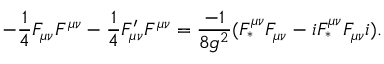
- \frac { 1 } { 4 } F _ { \mu \nu } F ^ { \mu \nu } - \frac { 1 } { 4 } F _ { \mu \nu } ^ { \prime } F ^ { \mu \nu } = \frac { - 1 } { 8 g ^ { 2 } } ( { \cal F } _ { \ast } ^ { \mu \nu } { \cal F } _ { \mu \nu } - i { \cal F } _ { \ast } ^ { \mu \nu } { \cal F } _ { \mu \nu } i ) .